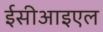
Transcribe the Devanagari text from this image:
ईसीआइएल